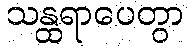
သန္ထရာပေတွာ